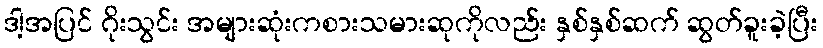
ဒါ့အပြင် ဂိုးသွင်း အများဆုံးကစားသမားဆုကိုလည်း နှစ်နှစ်ဆက် ဆွတ်ခူးခဲ့ပြီး